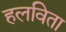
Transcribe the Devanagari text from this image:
हलविता